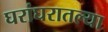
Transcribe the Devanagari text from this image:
घरांघरातल्या